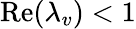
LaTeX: \mathrm{Re}(\lambda_{v})<1